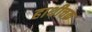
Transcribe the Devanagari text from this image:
हाथीचक्र